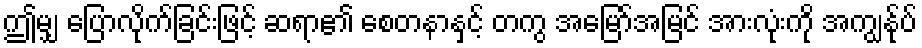
ဤမျှ ပြောလိုက်ခြင်းဖြင့် ဆရာ၏ စေတနာနှင့် တကွ အမြော်အမြင် အားလုံးကို အကျွန်ုပ်